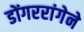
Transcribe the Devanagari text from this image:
डोंगररांगेने